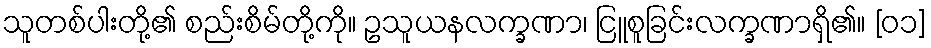
သူတစ်ပါးတို့၏ စည်းစိမ်တို့ကို။ ဥသူယနလက္ခဏာ၊ ငြူစူခြင်းလက္ခဏာရှိ၏။ [၀၁]